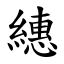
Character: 繐